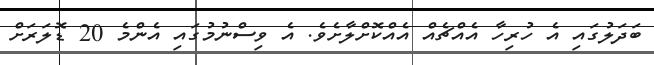
ބަދަލުގައި އެ ހުރިހާ އެއްޗެއް އެއްކޮށްލާށެވެ. އެ ވިސްނުމުގައި އެންމެ 20 ޑޮލަރަށް